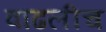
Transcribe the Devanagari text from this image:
वाढलीच